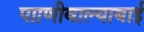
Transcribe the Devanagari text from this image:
पााणीवाल्याबाई